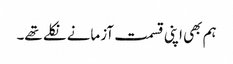
ہم بھی اپنی قسمت آزمانے نکلے تھے۔